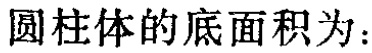
圆柱体的底面积为：